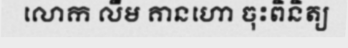
លោក លឹម គានហោ ចុះពិនិត្យ